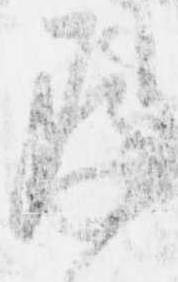
存